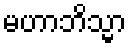
မဟာဘိသ္မာ